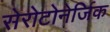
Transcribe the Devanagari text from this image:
सेरोटोनेर्जिक